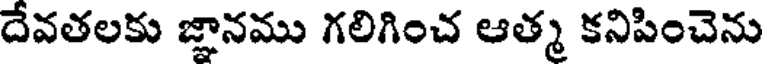
దేవతలకు జ్ఞానము గలిగించ ఆత్మ కనిపించెను